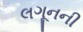
લગૂનની